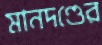
মানদণ্ডের